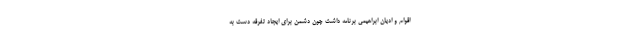
اقوام و ادیان ابراهیمی برنامه داشت چون دشمن برای ایجاد تفرقه دست به